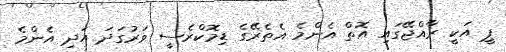
ޕީ އަކީ ރާއްޖޭގައި އޮތް އެންމެ އެތެރޭގެ ޑިމޮކްރެސީ ވަރުގަދަ އަދި އެންމެ